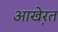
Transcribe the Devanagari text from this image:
आखे़रत